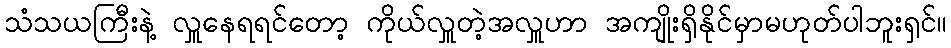
သံသယကြီးနဲ့ လှူနေရရင်တော့ ကိုယ်လှူတဲ့အလှူဟာ အကျိုးရှိနိုင်မှာမဟုတ်ပါဘူးရှင်။